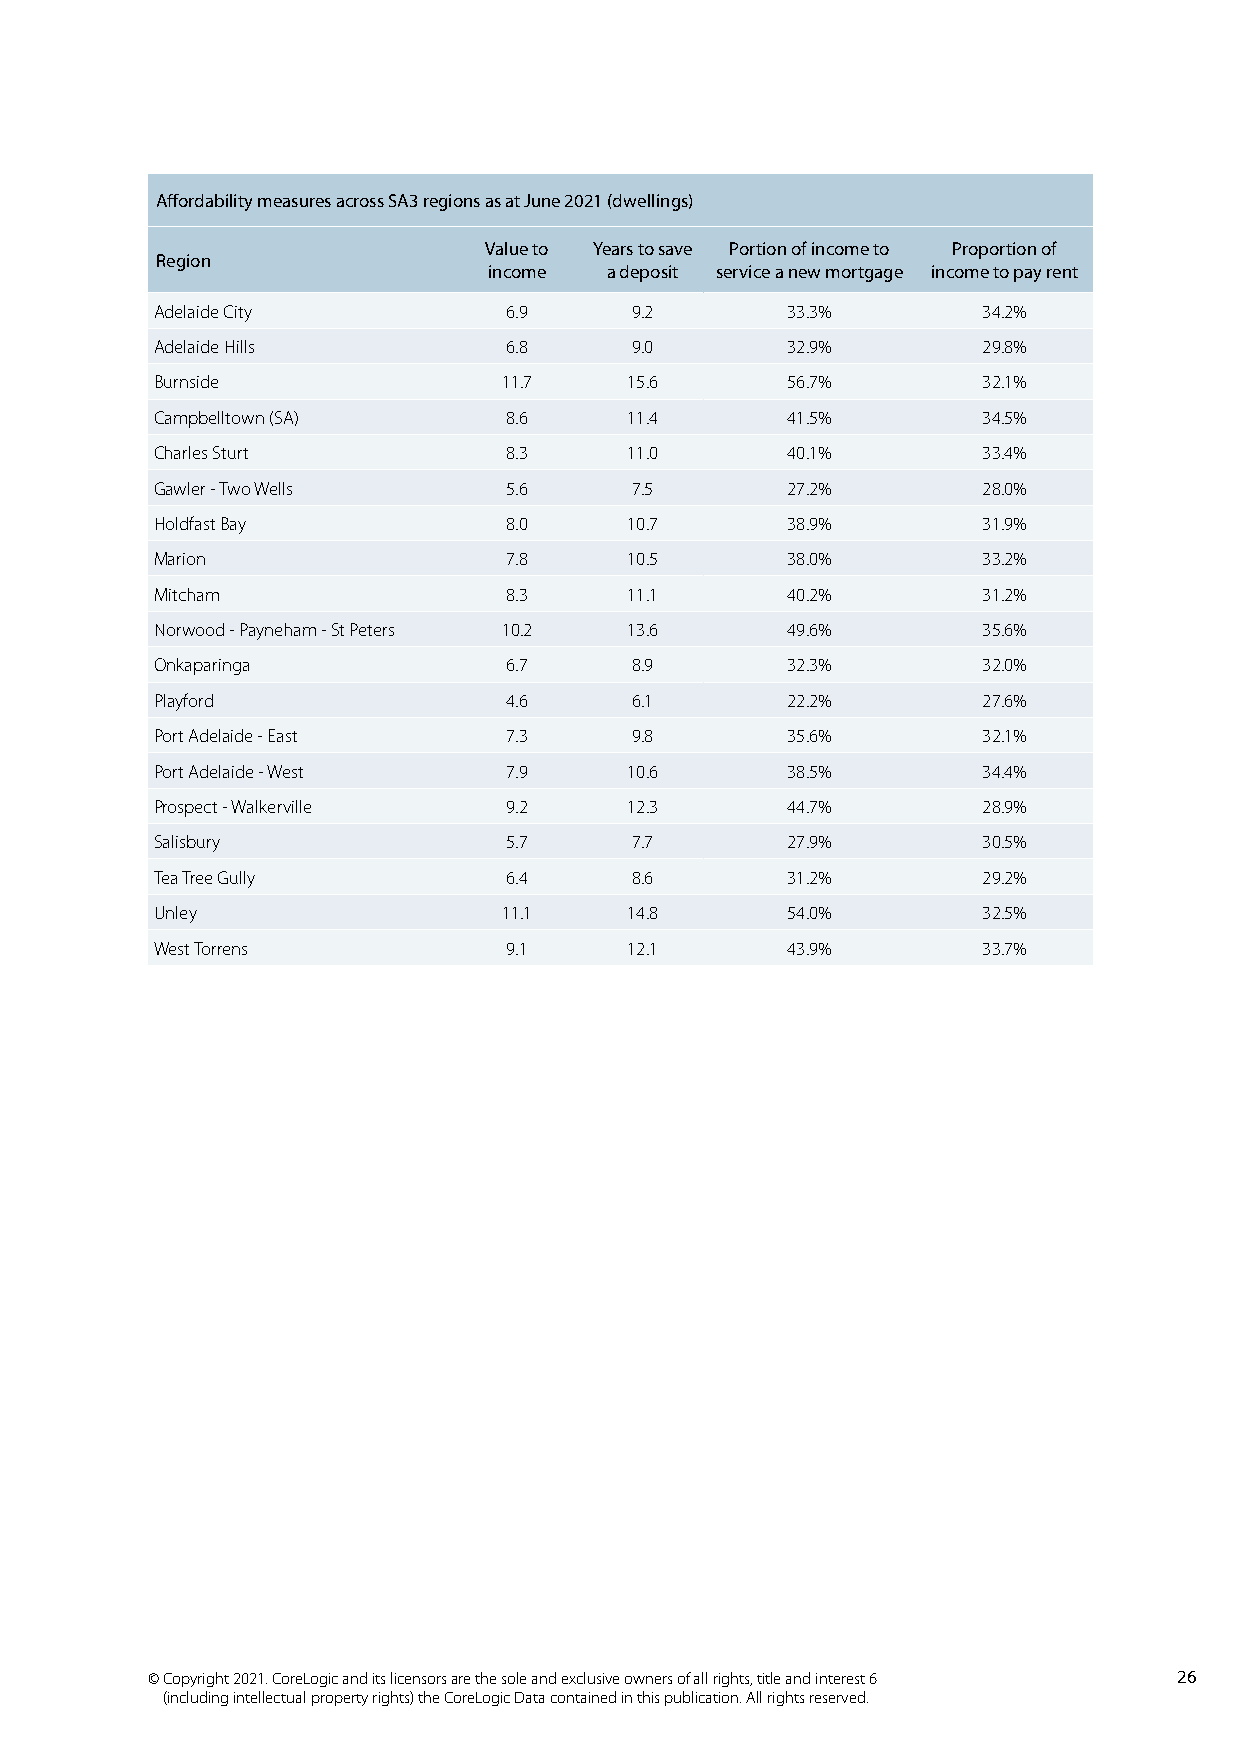
Affordability measures across SA3 regions as at June 2021 (dwellings)
 Value to Years to save Portion of income to Proportion of
 Region
 income  a deposit service a new mortgage income to pay rent
 Adelaide City          6.9      9.2       33.3%        34.2%
 Adelaide Hills         6.8      9.0       32.9%        29.8%
 Burnside               11.7     15.6      56.7%        32.1%
 Campbelltown (SA)      8.6      11.4      41.5%        34.5%
 Charles Sturt          8.3      11.0      40.1%        33.4%
 Gawler - Two Wells     5.6      7.5       27.2%        28.0%
 Holdfast Bay           8.0      10.7      38.9%        31.9%
 Marion                 7.8      10.5      38.0%        33.2%
 Mitcham                8.3      11.1      40.2%        31.2%
 Norwood - Payneham - St Peters 10.2 13.6  49.6%        35.6%
 Onkaparinga            6.7      8.9       32.3%        32.0%
 Playford               4.6      6.1       22.2%        27.6%
 Port Adelaide - East   7.3      9.8       35.6%        32.1%
 Port Adelaide - West   7.9      10.6      38.5%        34.4%
 Prospect - Walkerville 9.2      12.3      44.7%        28.9%
 Salisbury              5.7      7.7       27.9%        30.5%
 Tea Tree Gully         6.4      8.6       31.2%        29.2%
 Unley                  11.1     14.8      54.0%        32.5%
 West Torrens           9.1      12.1      43.9%        33.7%
 © Copyright 2021. CoreLogic and its licensors are the sole and exclusive owners of all rights, title and interest 6 26
 (including intellectual property rights) the CoreLogic Data contained in this publication. All rights reserved.